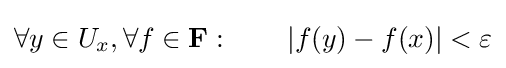
\forall y\in U_{x},\forall f\in \mathbf {F} :\qquad |f(y)-f(x)|<\varepsilon